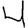
Digit: 4